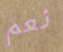
نعم